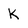
Character: K